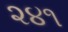
૨૪૧